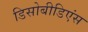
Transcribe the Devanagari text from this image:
डिसोबीडिएंस